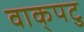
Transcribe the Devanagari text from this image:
वाक्‌पटु